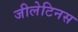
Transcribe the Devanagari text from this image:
जीलेटिनस